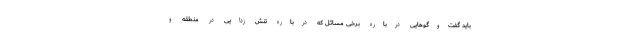
باید گفت‌وگوهایی درباره برخی مسائل که درباره تنش زدایی در منطقه و